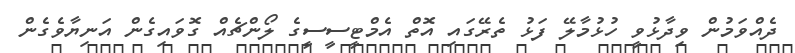
ދެއްވަމުން ވިދާޅުވީ ހުޅުމާލޭ ފަޅު ތެރޭގައި އޮތް އެމްޓީސީސީގެ ލޯންޗެއް ގޮވައިގެން އަނިޔާވެގެން